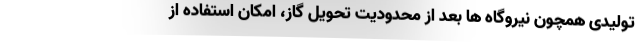
تولیدی همچون نیروگاه ها بعد از محدودیت تحویل گاز، امکان استفاده از